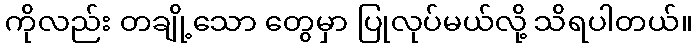
ကိုလည်း တချို့သော တွေမှာ ပြုလုပ်မယ်လို့ သိရပါတယ်။